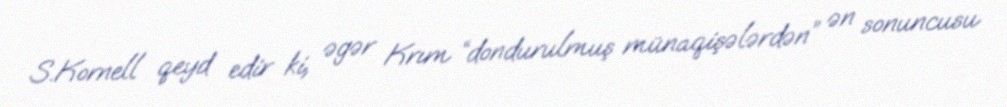
S.Kornell qeyd edir ki, əgər Krım “dondurulmuş münaqişələrdən” ən sonuncusu